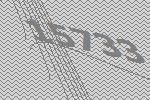
15733